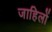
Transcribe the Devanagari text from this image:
जाहिलों